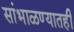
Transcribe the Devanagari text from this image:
सांभाळण्यातही